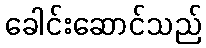
ခေါင်းဆောင်သည်